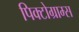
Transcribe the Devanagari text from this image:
पिक्टोग्राम्स